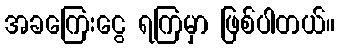
အခကြေးငွေ ရကြမှာ ဖြစ်ပါတယ်။